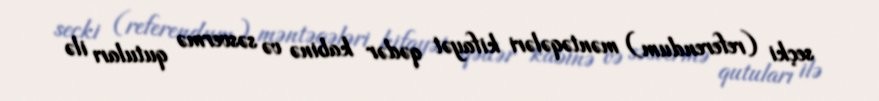
seçki (referendum) məntəqələri kifayət qədər kabinə və səsvermə qutuları ilə